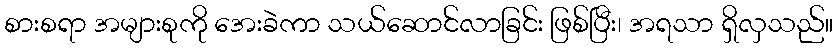
စားစရာ အများစုကို အေးခဲကာ သယ်ဆောင်လာခြင်း ဖြစ်ပြီး၊ အရသာ ရှိလှသည်။